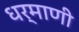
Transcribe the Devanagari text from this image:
धर्माणी